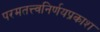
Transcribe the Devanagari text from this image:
परमतत्त्वनिर्णयप्रकाश